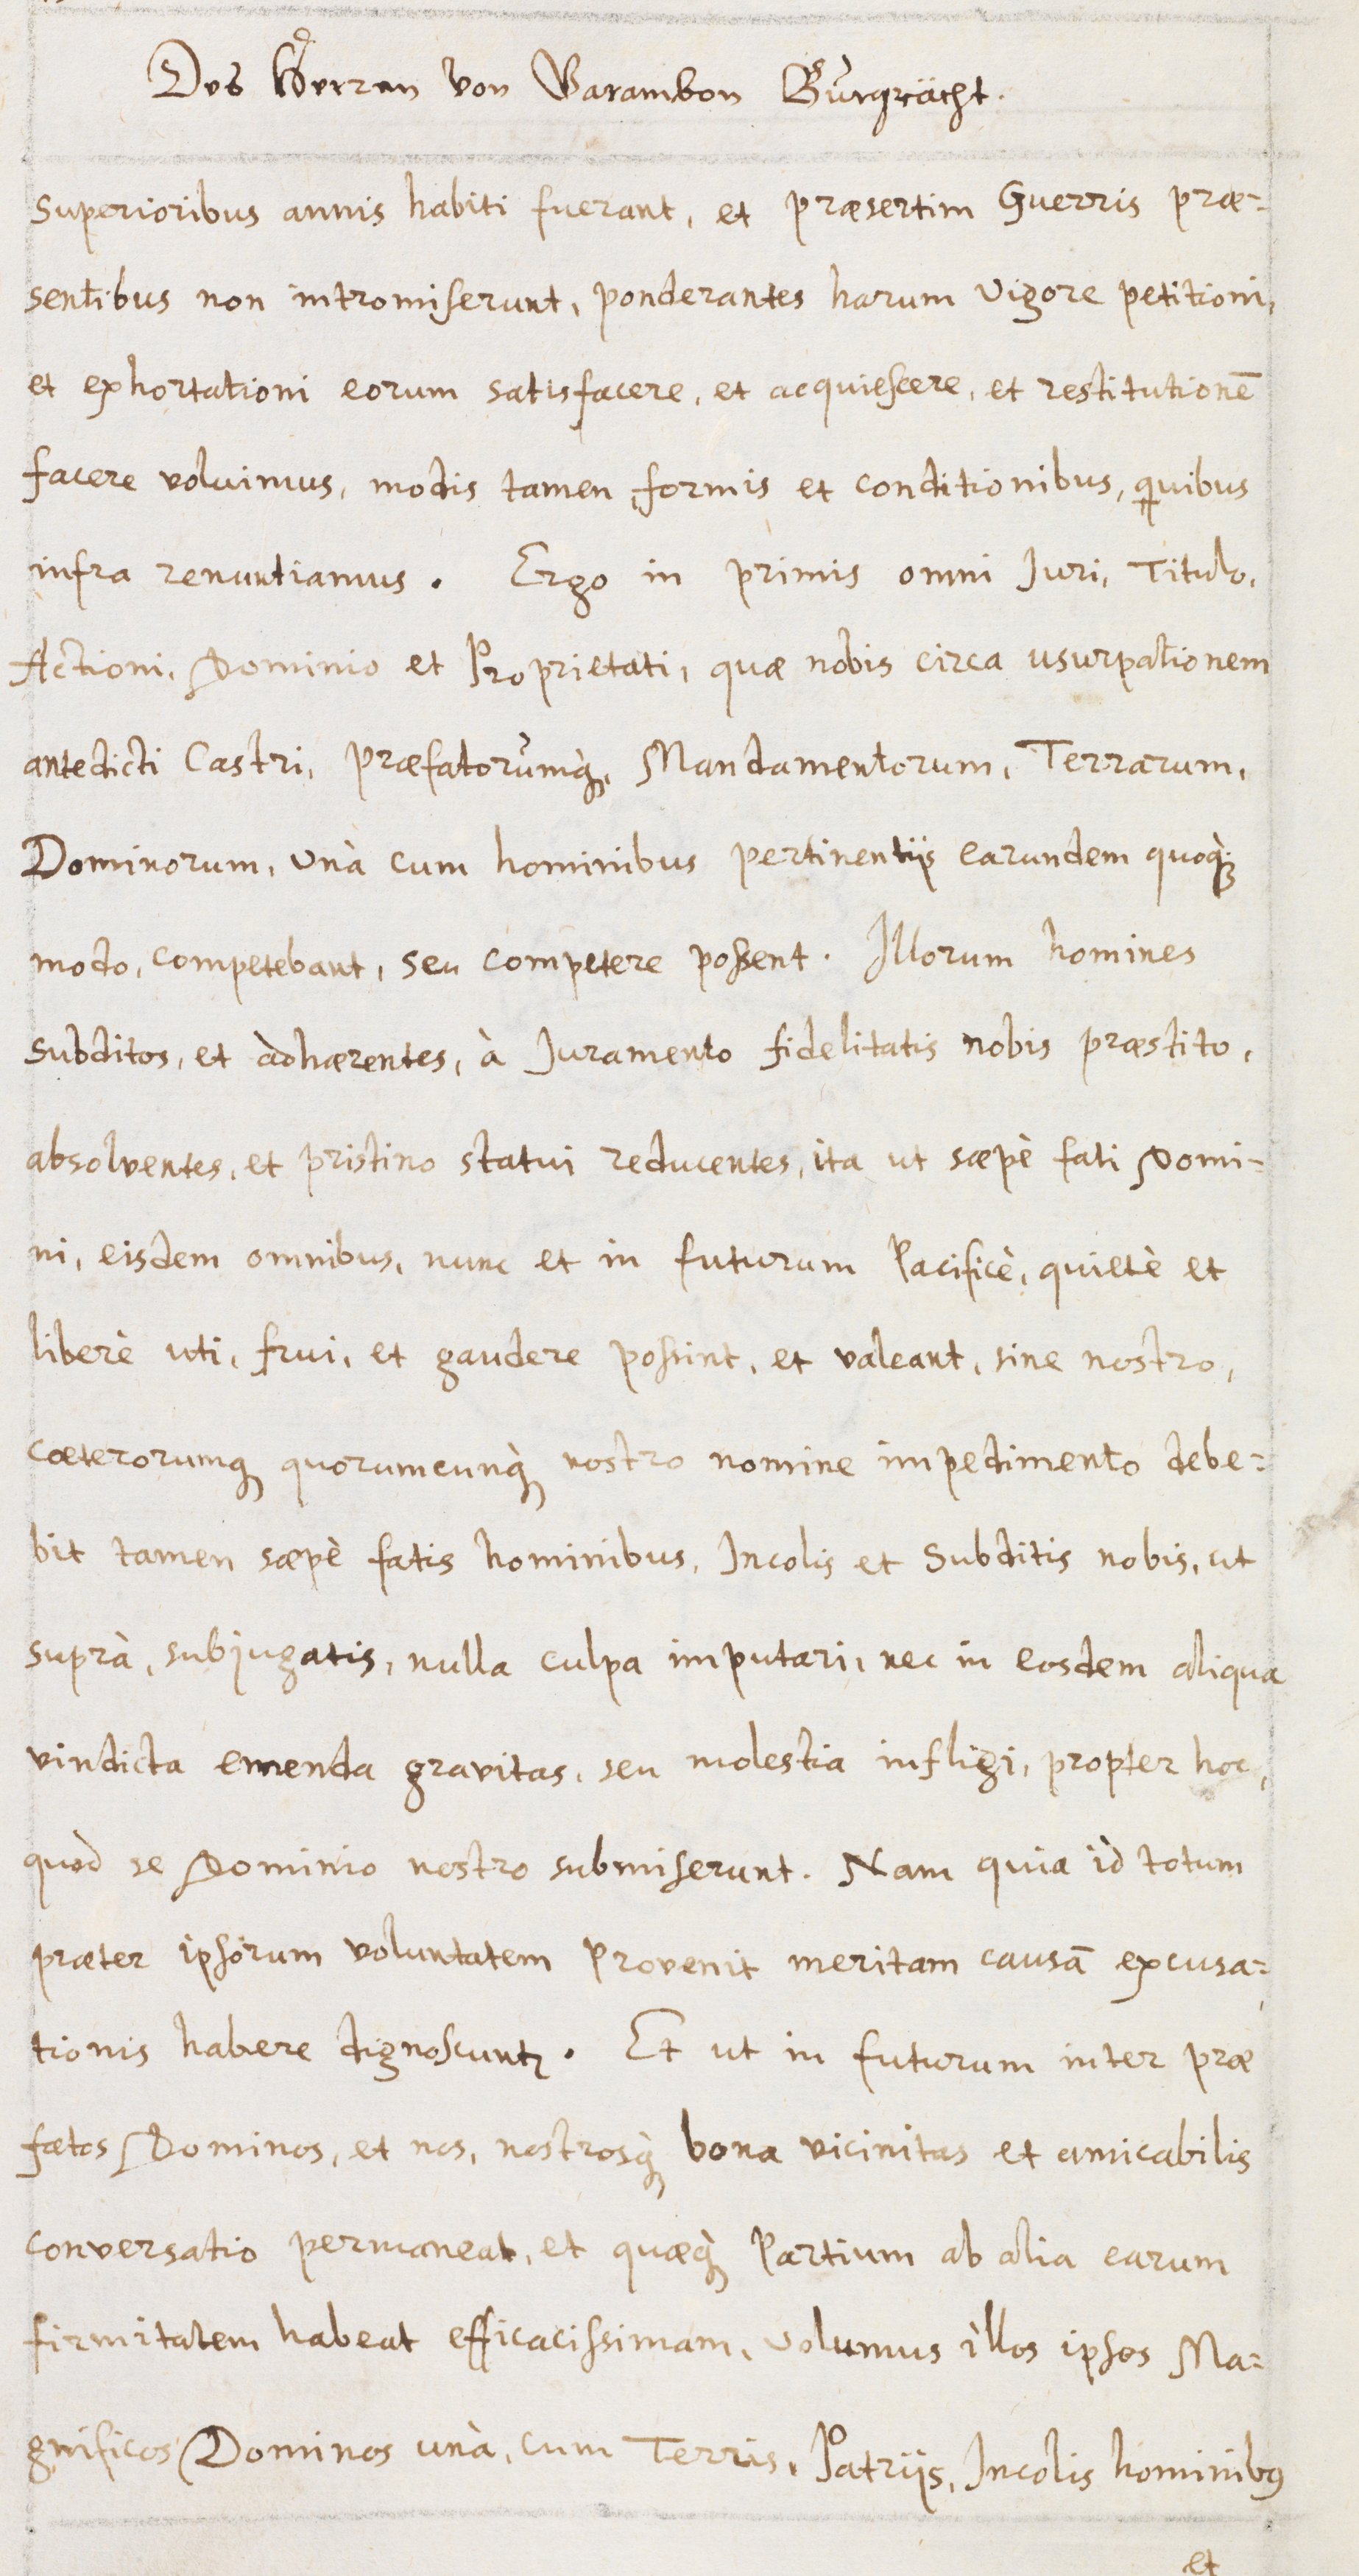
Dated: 1600–1699